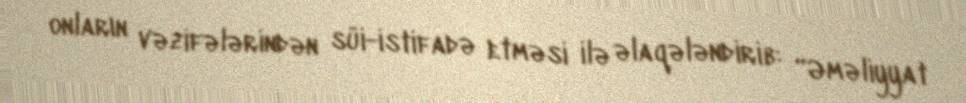
onların vəzifələrindən süi-istifadə etməsi ilə əlaqələndirib: “Əməliyyat